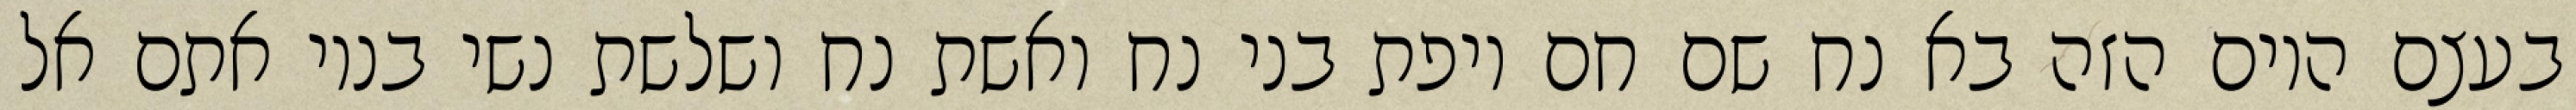
בעצם היום הזה בא נח שם חם ויפת בני נח ואשת נח ושלשת נשי בניו אתם אל